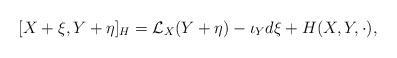
LaTeX: \begin{align*} [ X+\xi , Y + \eta ]_H = \mathcal{L}_X(Y+\eta ) -\iota_Yd\xi + H(X,Y,\cdot ),\end{align*}